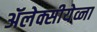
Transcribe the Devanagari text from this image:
ॲलेक्सीयेव्ना